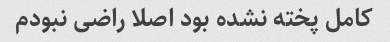
کامل پخته نشده بود اصلا راضی نبودم